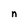
Character: n